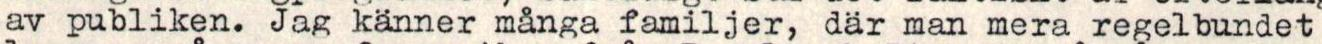
av publiken. Jag känner många familjer, där man mera regelbundet